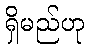
ရှိမည်ဟု